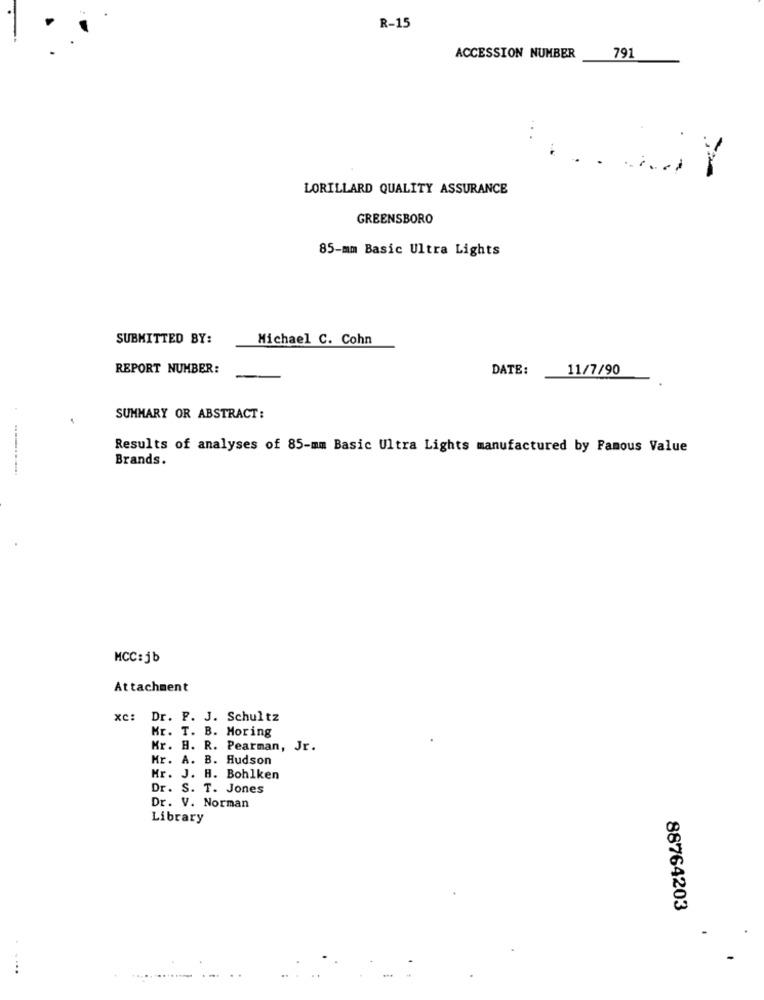
R-15
ACCESSION NUMBER
791
...
Y
LORILLARD QUALITY ASSURANCE
GREENSBORO
85-mm Basic Ultra Lights
SUBMITTED BY:
Michael C. Cohn
REPORT NUMBER:
DATE:
11/7/90
.
SUMMARY OR ABSTRACT:
Results of analyses of 85-mm Basic Ultra Lights manufactured by Famous Value
Brands.
MCC:jb
Attachment
xc:
Dr. P. J. Schultz
Mr. T. B. Moring
Mr. H. R. Pearman, Jr.
Mr. A. B. Hudson
Mr. J. H. Bohlken
Dr. S. T. Jones
Dr. V. Norman
Library
88764203
....